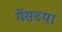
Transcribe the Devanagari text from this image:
गॅसच्या